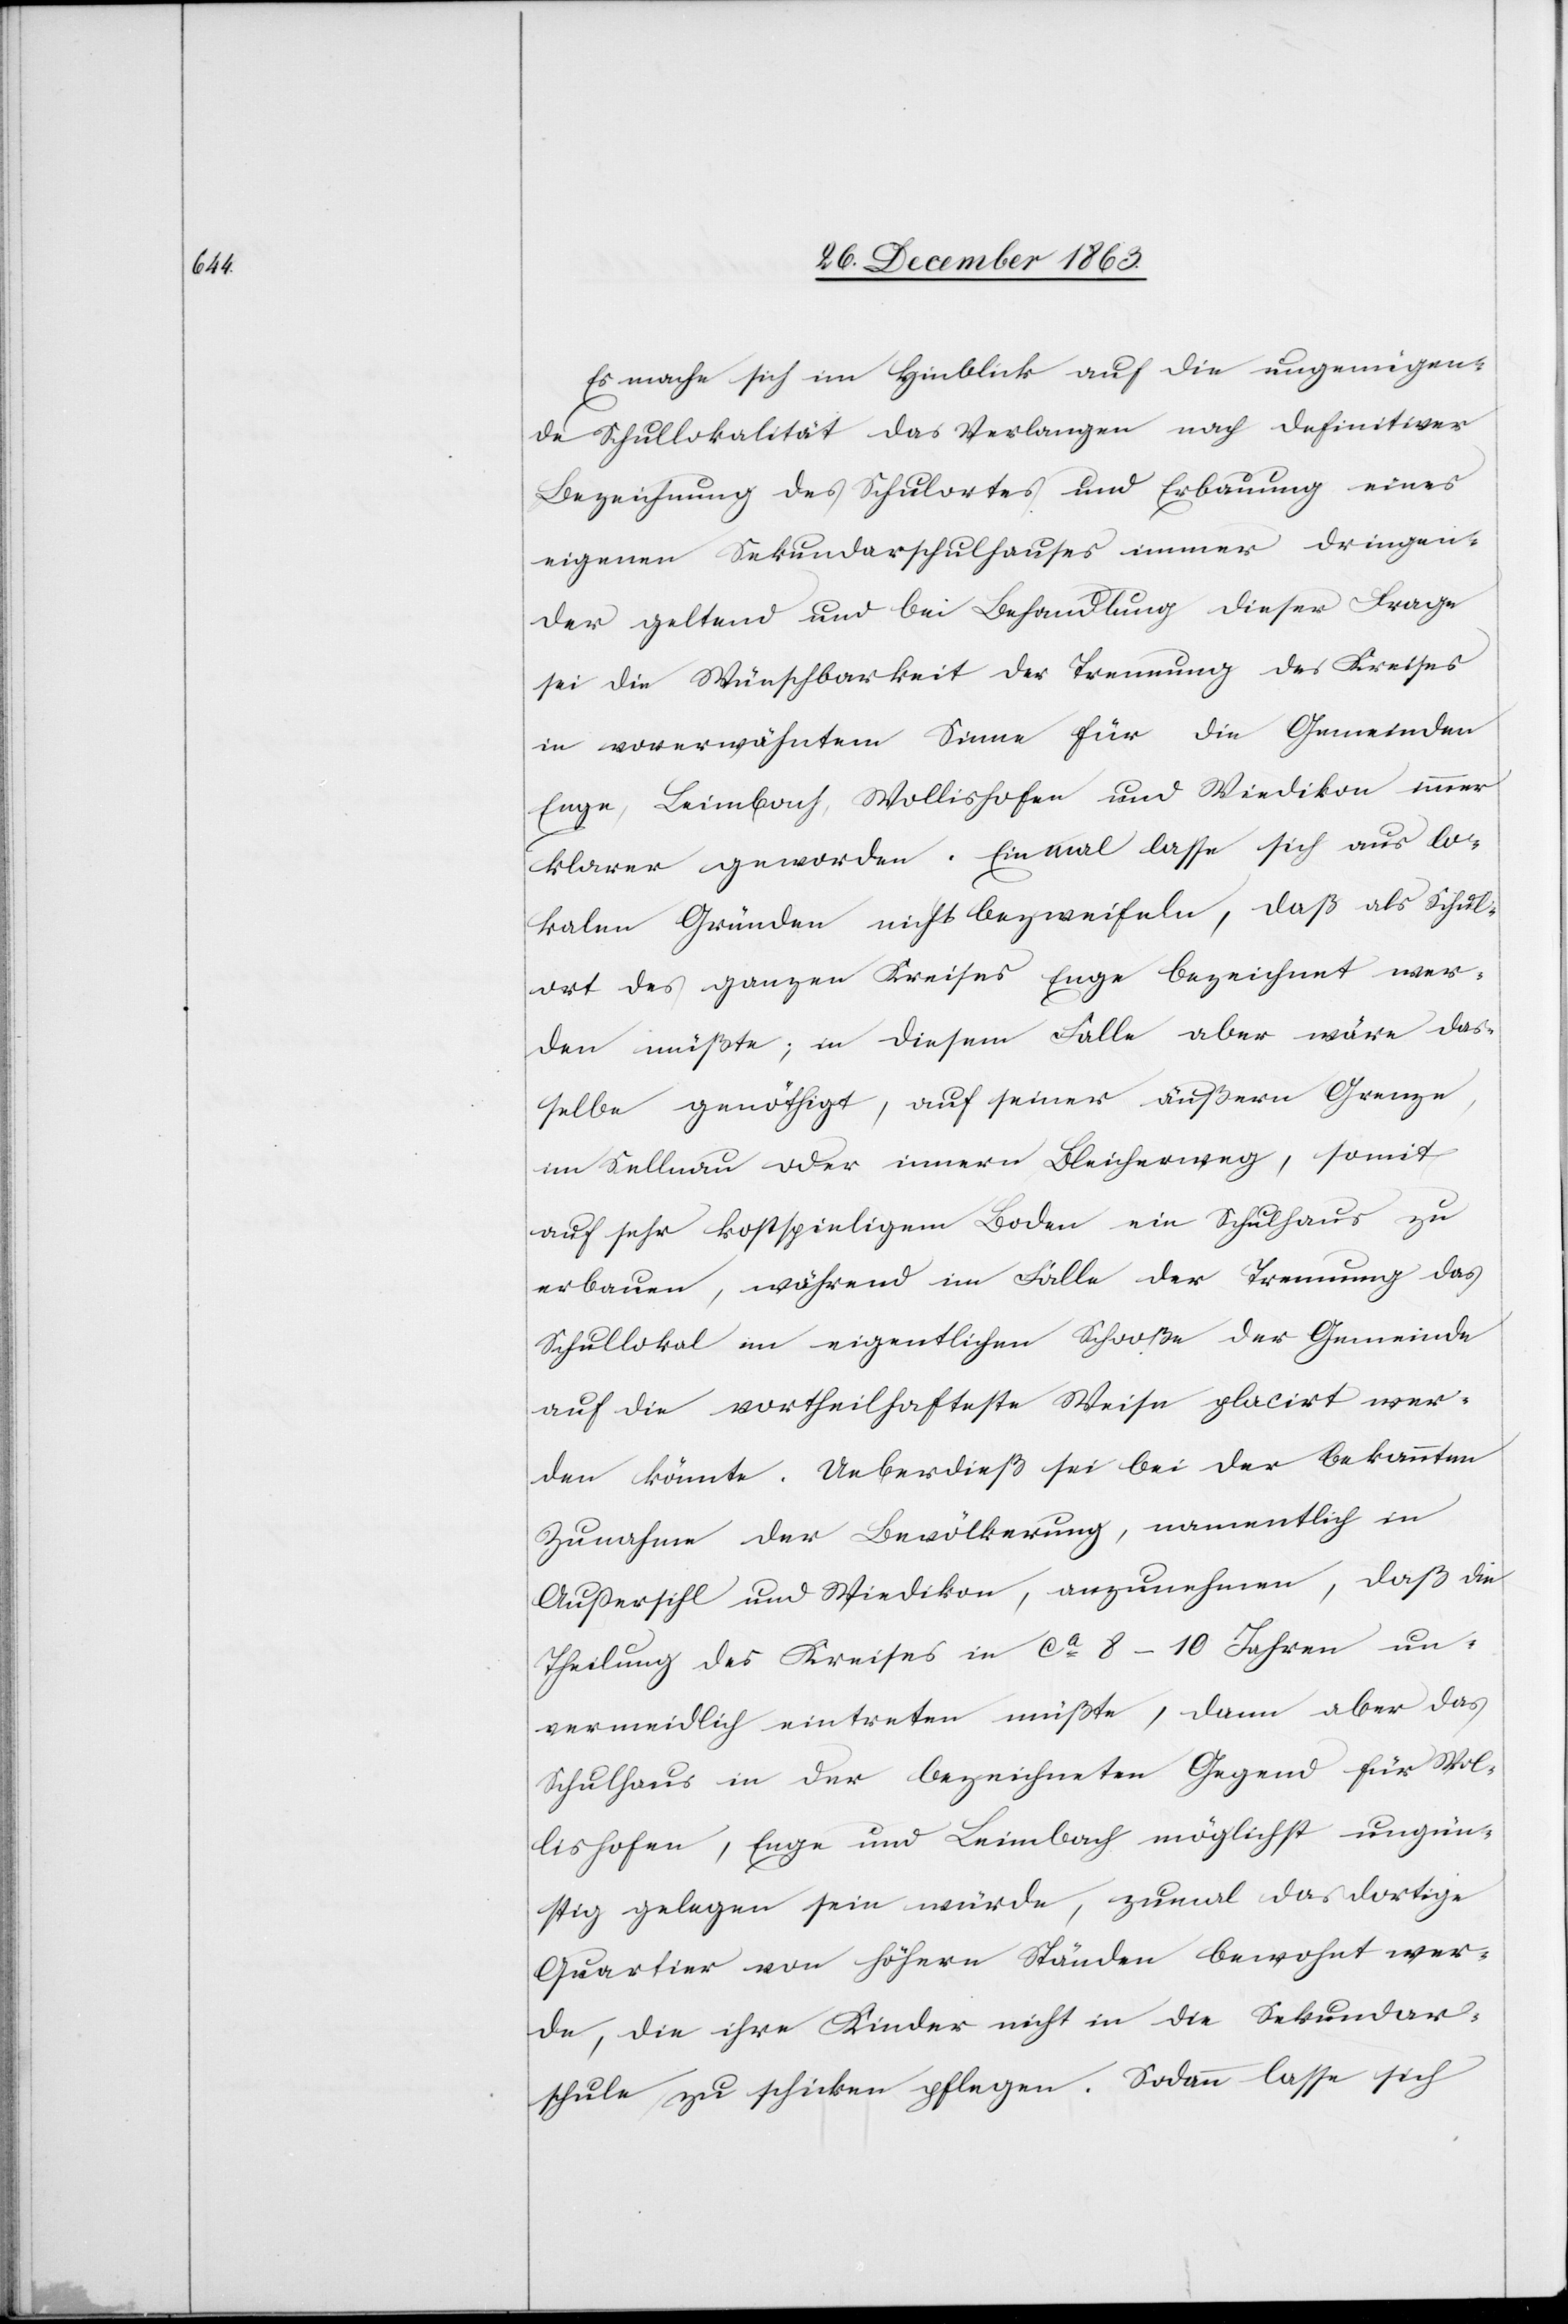
Es mache sich im Hinblick auf die ungenügen¬
de Schullokalität das Verlagen nach definitiver
Bezeichnung des Schulortes und Erbauung eines
eigenen Sekundarschulhauses immer dringen¬
der geltend und bei Behandlung dieser Frage
sei die Wünschbarkeit der Trennung des Kreises
in vorerwähntem Sinne für die Gemeinden
Enge, Leimbach, Wollishofen und Wiedikon immer
klarer geworden. Einmal lasse sich aus lo¬
kalen Gründen nicht bezweifeln, daß als Schul¬
ort des ganzen Kreises Enge bezeichnet wer¬
den müßte; in diesem Falle aber wäre das¬
selbe genöthigt, auf seiner äußern Grenze,
im Sellnau oder innern Bleicherweg, somit
auf sehr kostspieligem Boden ein Schulhaus zu
erbauen, während im Falle der Trennung das
Schullokal im eigentlichen Schooße der Gemeinde
auf die vortheilhafteste Weise placirt wer¬
den könnte. Ueberdieß sei bei der bekannten
Zunahme der Bevölkerung, namentlich in
Außersihl und Wiedikon, anzunehmen, daß die
Theilung des Kreises in ca 8–10 Jahren un¬
vermeidlich eintreten müßte, dann aber das
Schulhaus in der bezeichneten Gegend für Wol¬
lishofen, Enge und Leimbach möglichst ungün¬
stig gelegen sein würde, zumal das dortige
Quartier von höhern Ständen bewohnt wer¬
de, die ihre Kinder nicht in die Sekundar¬
schule zu schicken pflegen. Sodann lasse sich